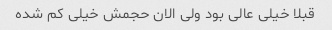
قبلا خیلی عالی بود ولی الان حجمش خیلی کم شده